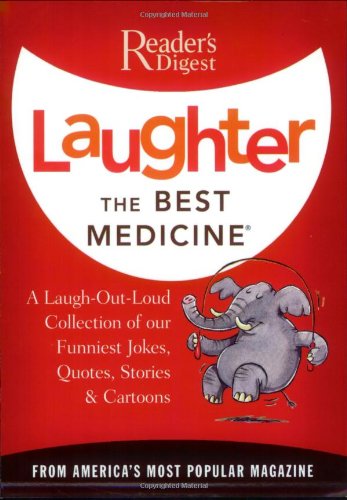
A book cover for Laughter the Best Medicine: A Laugh-Out-Loud Collection of our Funniest Jokes, Quotes, Stories & Cartoons(Reader's Digest); Editors of Reader's Digest; Humor & Entertainment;